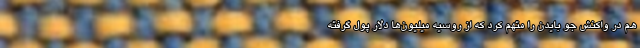
هم در واکنش جو بایدن را متهم کرد که از روسیه میلیون‌ها دلار پول گرفته